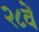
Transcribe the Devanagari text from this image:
२८वें